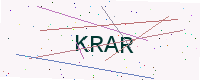
Text: KRAR